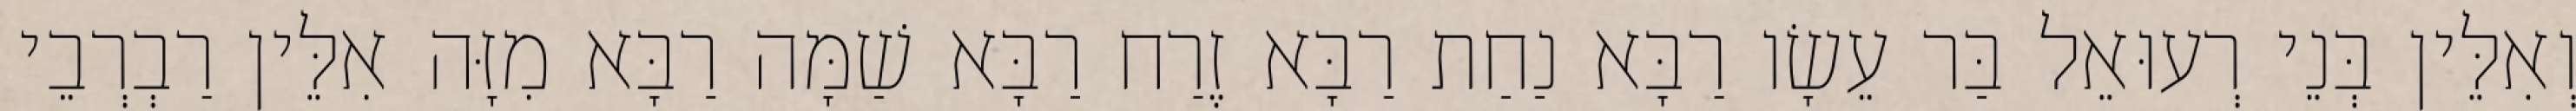
וְאִלֵּין בְּנֵי רְעוּאֵל בַּר עֵשָׂו רַבָּא נַחַת רַבָּא זֶרַח רַבָּא שַׁמָּה רַבָּא מִזָּה אִלֵּין רַבְרְבֵי